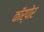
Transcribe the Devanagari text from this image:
कॉर्पोर